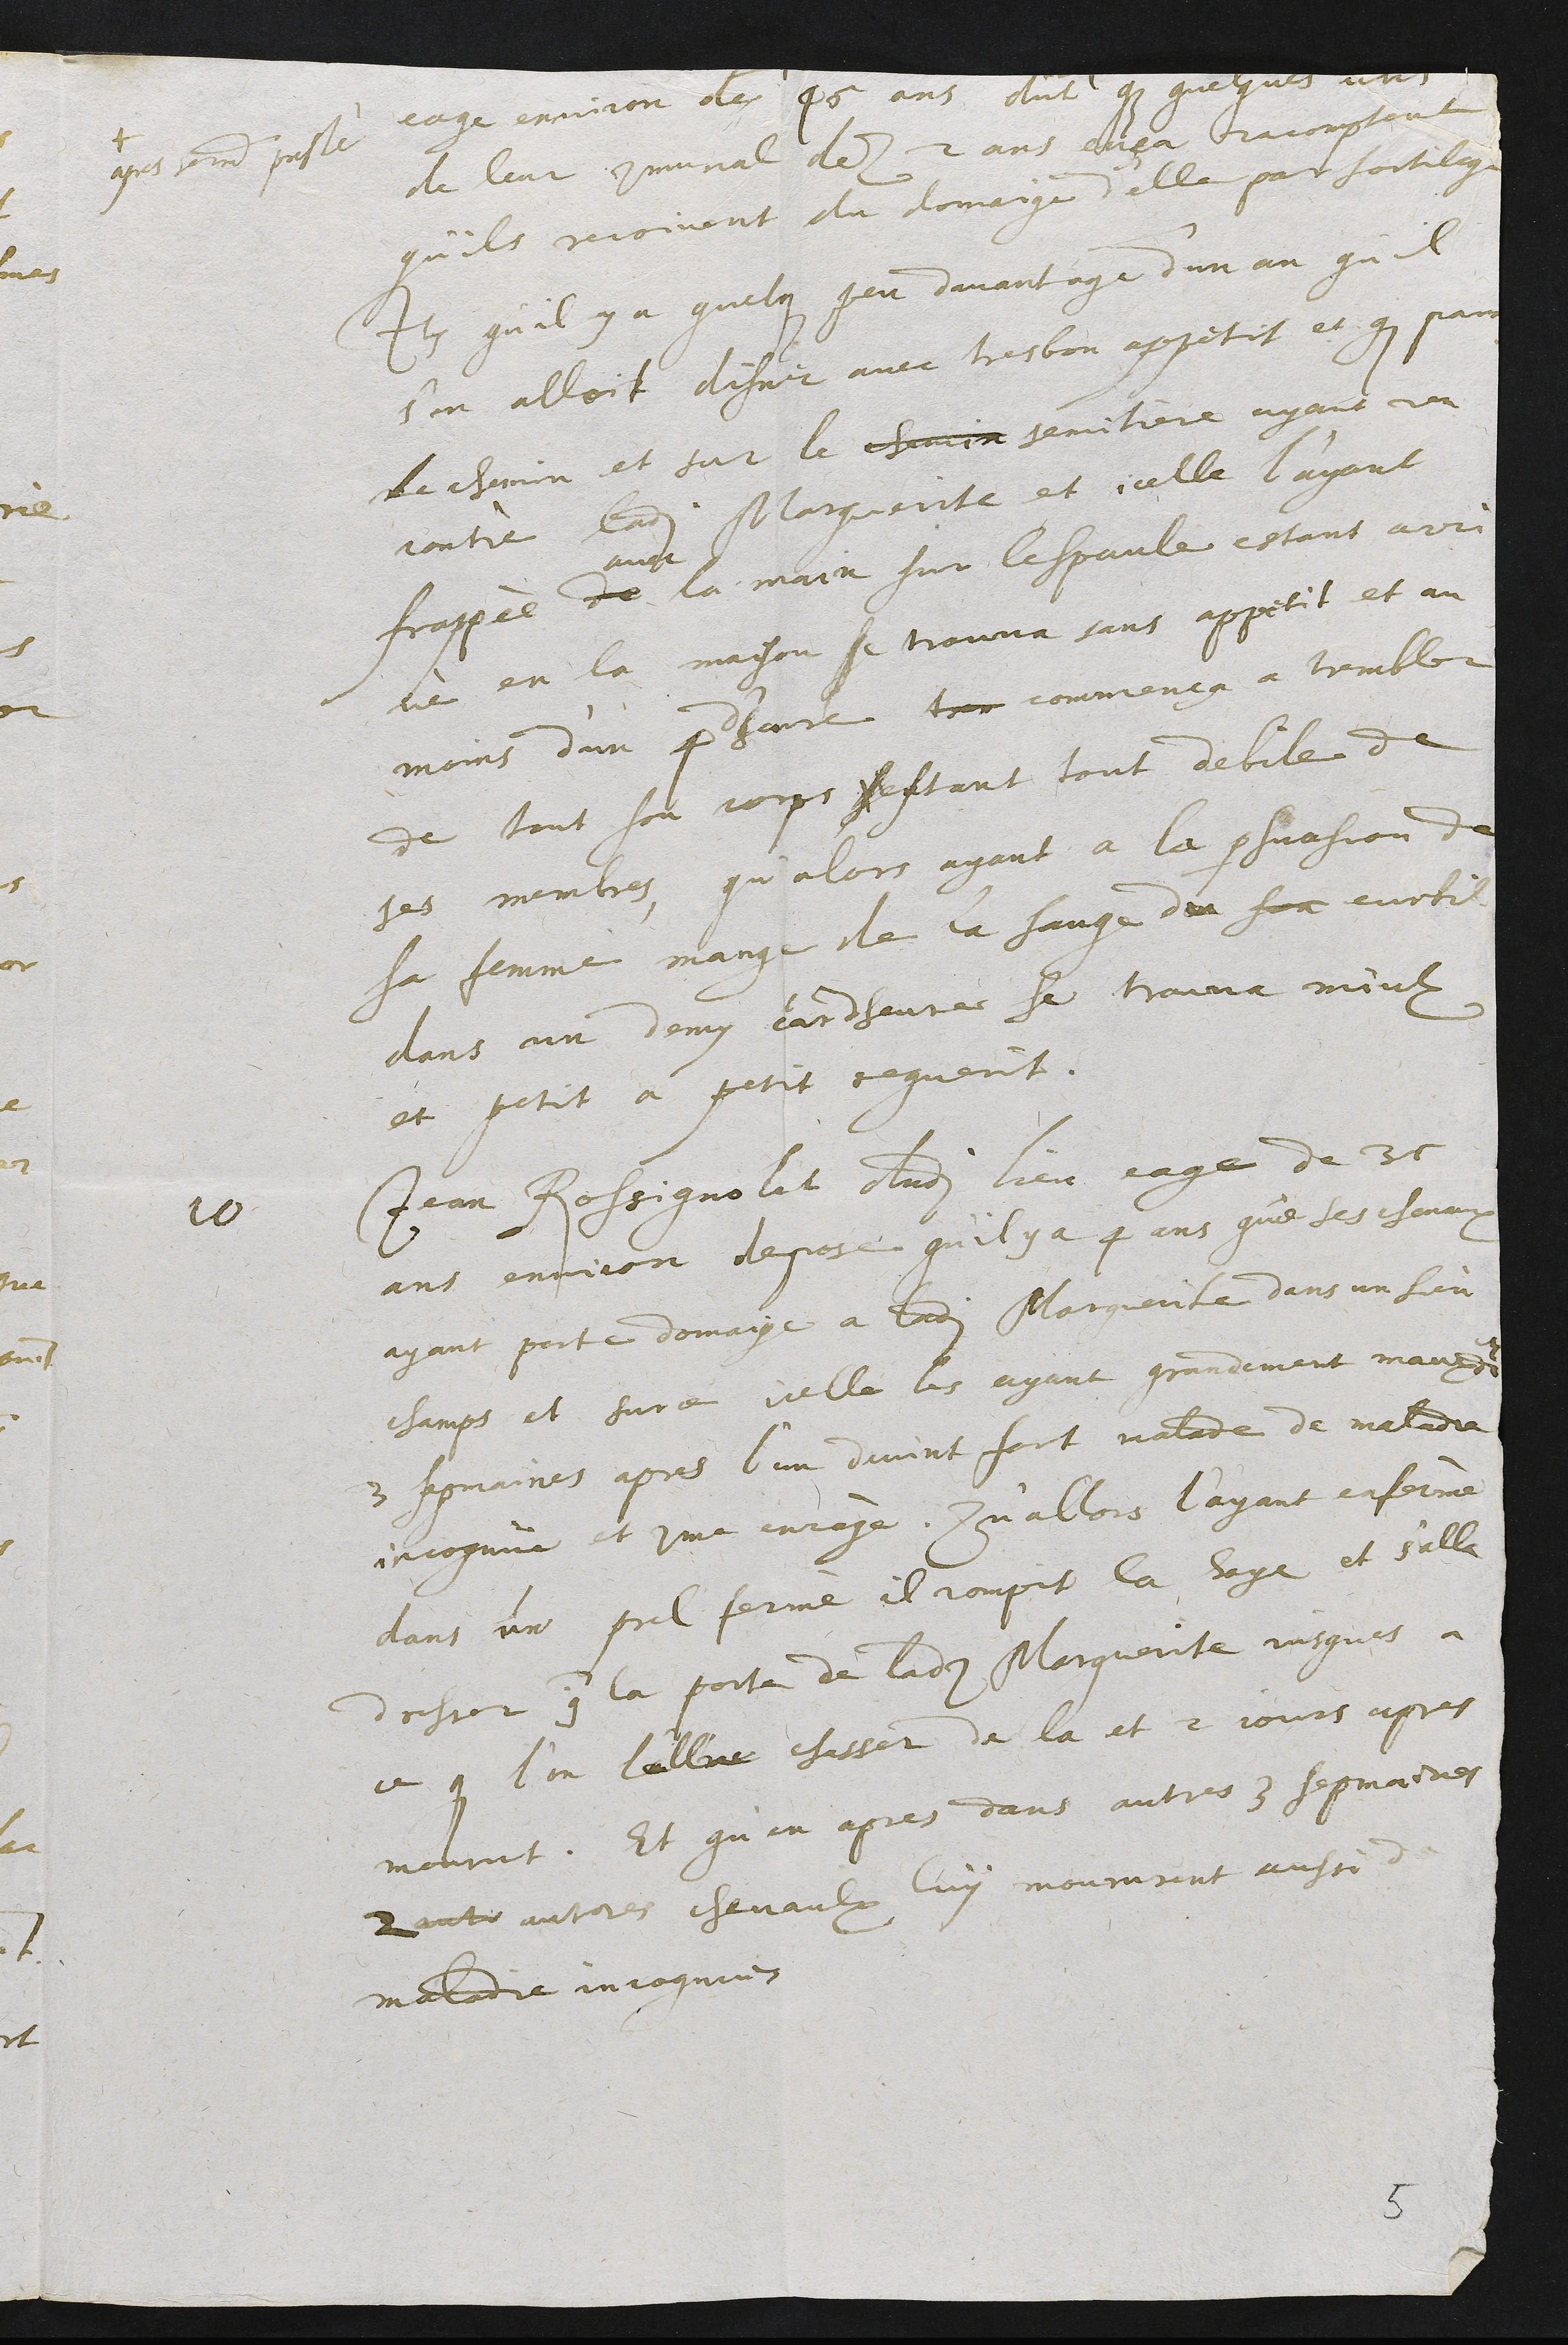
+
apres serment presté
eage environ de 45 ans dict que quelques uns
de leur communal dez 2 ans ença racomptent
qu'ils recoivent du domaige d'elle par sortilege
Item qu'il y a quelque peu davantage d'un an qu'il
s'en alloit disner avec tres bon appetit et que par
le chemin et sur le chemin semitiere ayant ren
contrè ladite Marguerite et icelle l'ayant
frappèe de
avec
la main sur lespaule estant arri
vè en la maison se trouva sans appetit et au
moins d'un 4d'heure tre commença a trembler
de tout son corps sestant tout debile de
ses membres qu'alors ayant a la persuasion de
sa femme mange de la sauge du son curtil
dans un demy cardheure se trouva mieulx
et petit a petit reguerit.
10 Jean Rossignolat dudit lieu eage de 35
ans environ depose qu'il y a 4 ans que ses chevaux
ayant porte domaige a ladite Marguerite dans un sien
champs et surce icelle les ayant grandement mauxdits
3 sepmaines apres l'un devint fort malade de maladie
incognue et comme enragè Qu'allors l'ayant enfermè
dans un prel fermè il rompit la haye et s'alla
dresser contre la porte de ladite Marguerite jusques a
ce que l'on l'allie chasser de la et 2 jours apres
mourut. Et qu'en apres dans autres 3 sepmaines
2 autr autres chevaulx luy moururent aussi de
maladie incognue
5